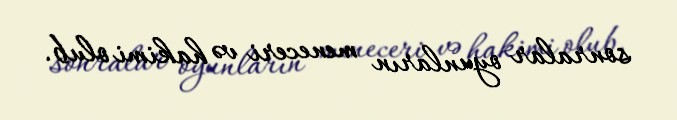
sonralar oyunların meneceri və hakimi olub.